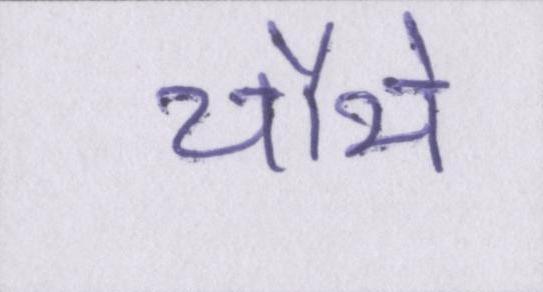
चौथे